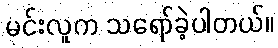
မင်းလူက သရော်ခဲ့ပါတယ်။